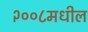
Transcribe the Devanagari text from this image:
२००८मधील